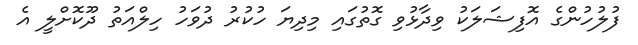
ފުލުހުންގެ އޮފިޝަލަކު ވިދާޅުވި ގޮތުގައި މިދިޔަ ހުކުރު ދުވަހު ހިލްއަތު ދޫކޮށްލީ އެ